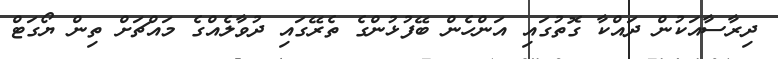
ދިރާސާއަކުން ދައްކާ ގޮތުގައި އަންހެން ބޭފުޅުންގެ ތެރޭގައި ދުވާލެއްގެ މައްޗަށް ތިން ޔޯގަޓް